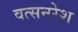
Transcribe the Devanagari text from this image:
वत्सनरेश